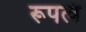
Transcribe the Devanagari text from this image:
रूपत्वं